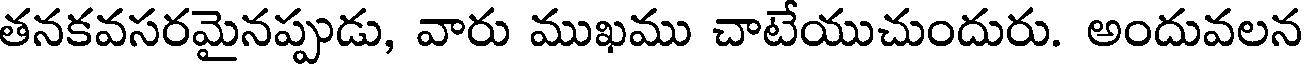
తనకవసరమైనప్పుడు, వారు ముఖము చాటేయుచుందురు. అందువలన